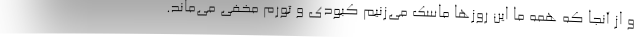
و از آنجا که همه ما این روزها ماسک می‌زنیم کبودی و تورم مخفی می‌ماند.